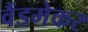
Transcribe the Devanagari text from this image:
वैंडमेकर